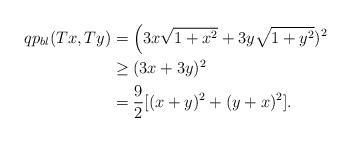
LaTeX: \begin{align*}qp_{bl}(Tx,Ty)&=\Big(3x \sqrt{1+x^2}+3y \sqrt{1+y^2})^2\\& \geq (3x+3y)^2\\&=\frac{9}{2}[(x+y)^2+(y+x)^2].\end{align*}